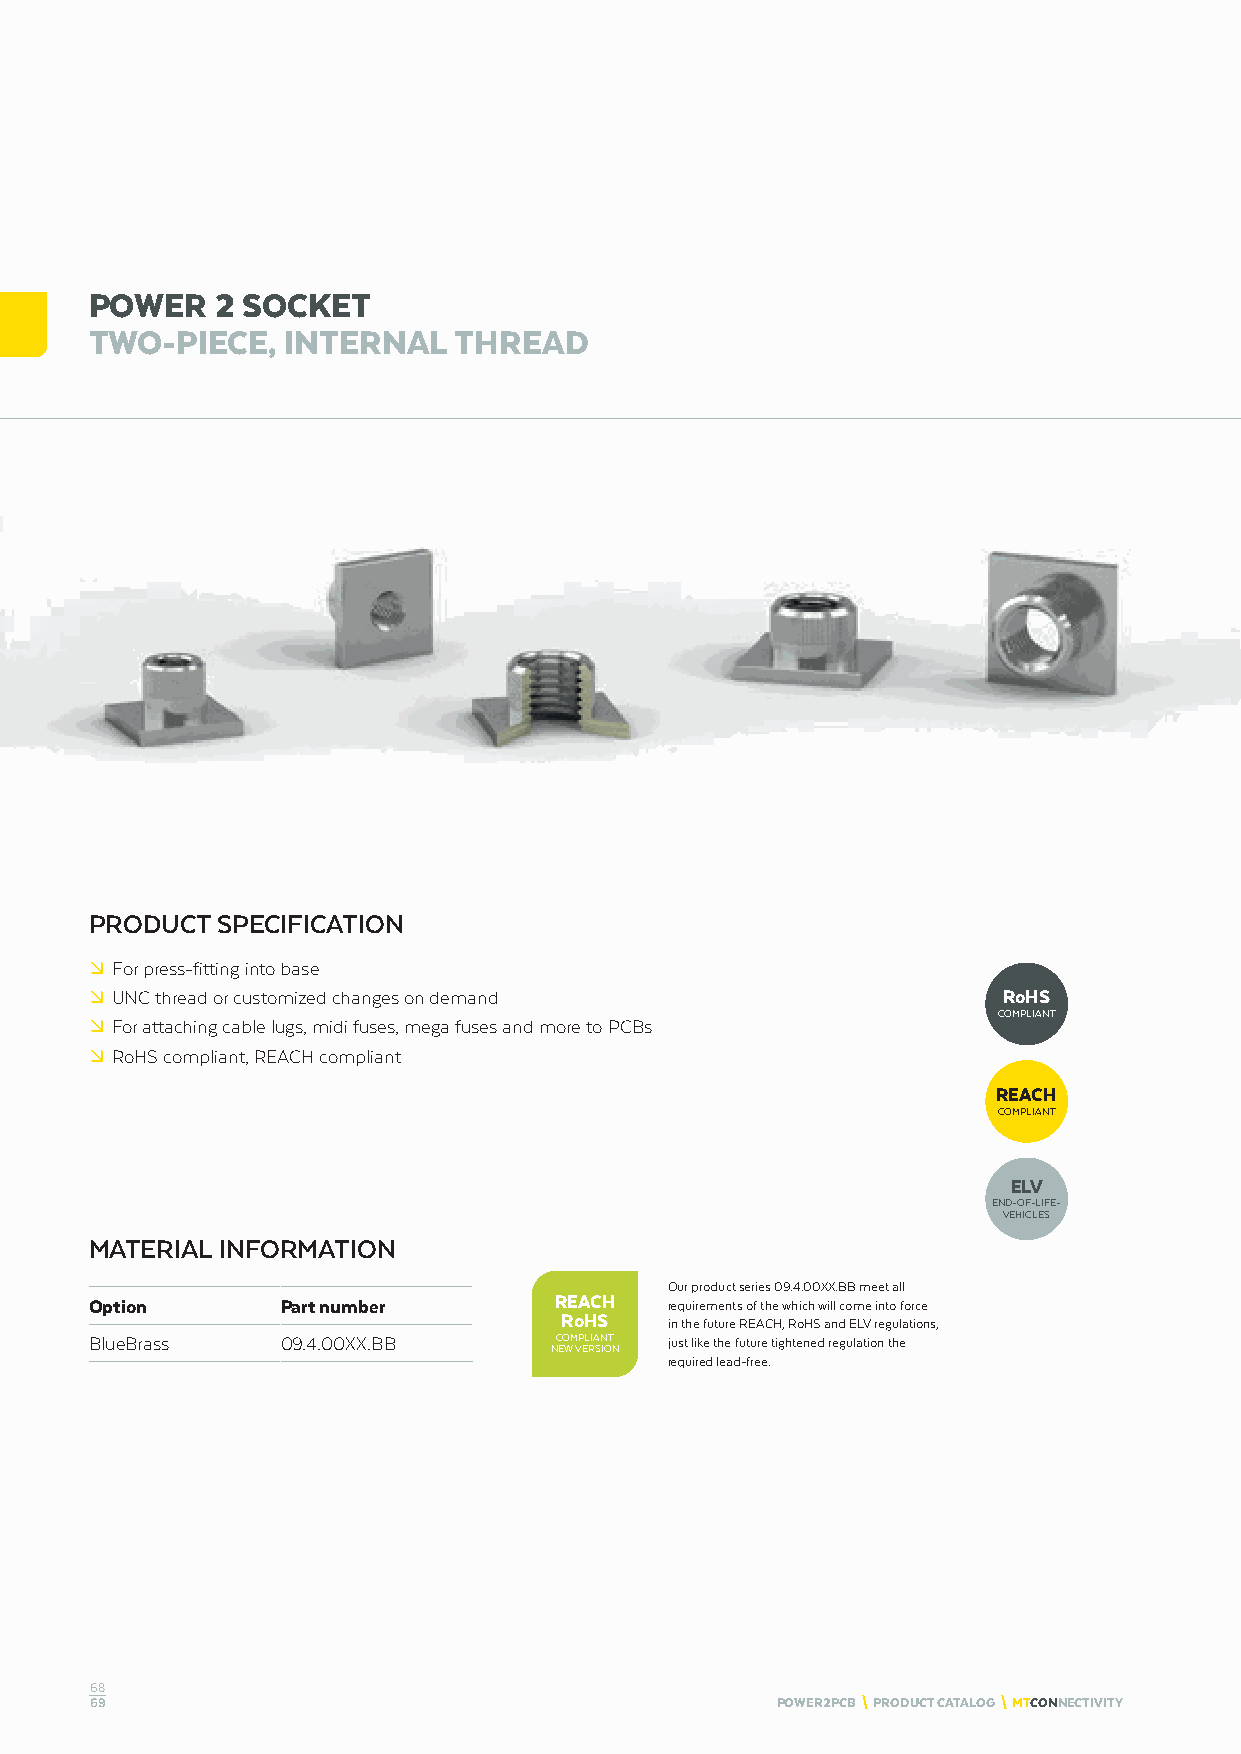
POWER   2 SOCKET
 TWO-PIECE,   INTERNAL   THREAD
 PRODUCT SPECIFICATION
 º For press-fitting into base
 º UNC thread or customized changes on demand                RoHS
 COMPLIANT
 º For attaching cable lugs, midi fuses, mega fuses and more to PCBs
 º RoHS compliant, REACH compliant
 REACH
 COMPLIANT
 ELV
 END-OF-LIFE-
 VEHICLES
 MATERIAL INFORMATION
 Our product series 09.4.00XX.BB meet all
 Option       Part number       REACH  requirements of the which will come into force
 RoHS
 in the future REACH, RoHS and ELV regulations,
 BlueBrass    09.4.00XX.BB      COMPLIANT just like the future tightened regulation the
 NEW VERSION
 required lead-free.
 68
 69                                           POWER2PCB \ PRODUCT CATALOG \ MTCONNECTIVITY